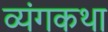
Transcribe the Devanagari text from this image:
व्यंगकथा